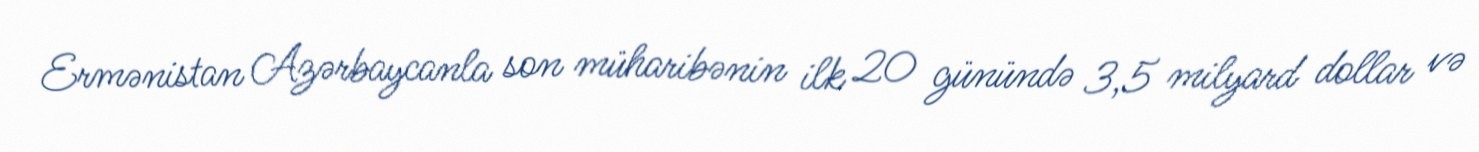
Ermənistan Azərbaycanla son müharibənin ilk 20 günündə 3,5 milyard dollar və